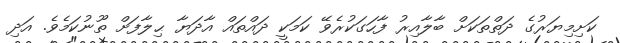
ކަށިމިޔަރުގެ ދަތްތަކަށް ބާލާއިރު ފާހަގަކުރެވޭ ކަމަކީ ދައްތައް އާދަޔާ ޙިލާފަށް ތޫނުކަމެވެ. އަދި